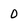
Character: 0